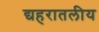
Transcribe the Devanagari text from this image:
द्यहरातलीय